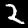
Label: 2